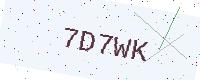
Text: 7D7WK